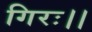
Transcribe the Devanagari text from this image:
गिरः।।